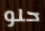
حلو